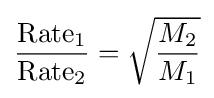
{{\mbox{Rate}}_{1} \over {\mbox{Rate}}_{2}}={\sqrt {M_{2} \over M_{1}}}